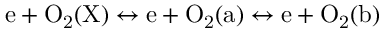
\mathrm { e + O _ { 2 } ( X ) \leftrightarrow e + O _ { 2 } ( a ) \leftrightarrow e + O _ { 2 } ( b ) }